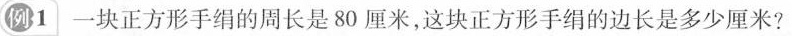
例1 一块正方形手绢的周长是80厘米，这块正方形手绢的边长是多少厘米？